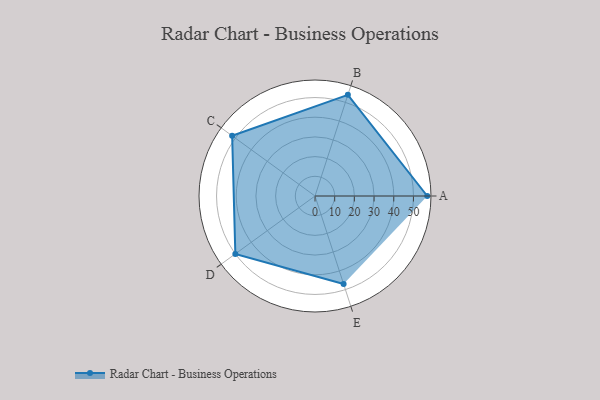
{"axis": {"x": "Skill", "y": "Score"}, "legend": ["Profile"], "data": [{"x": "A", "y": 57.0, "type": "Profile"}, {"x": "B", "y": 54.0, "type": "Profile"}, {"x": "C", "y": 52.0, "type": "Profile"}, {"x": "D", "y": 50.0, "type": "Profile"}, {"x": "E", "y": 47.0, "type": "Profile"}]}